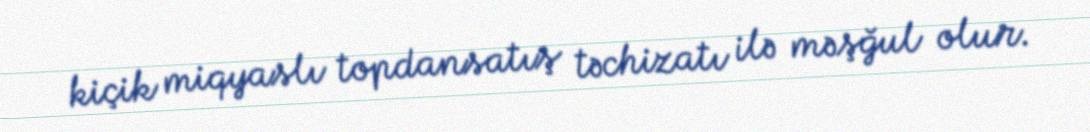
kiçik miqyaslı topdansatış təchizatı ilə məşğul olur.